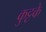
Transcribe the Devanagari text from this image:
कुट्टके